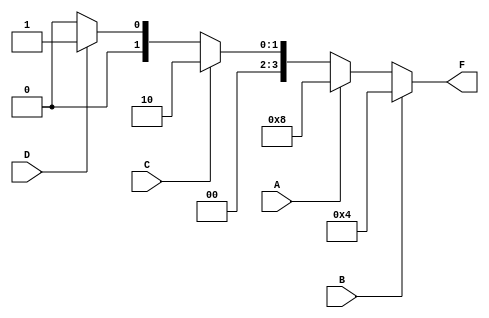
module Arbiter (
    input wire A,
    input wire B,
    input wire C,
    input wire D,
    output reg [3:0] F
);

always @* begin
    if (B) F = 4'b0100;
    else if (A) F = 4'b1000;
    else if (C) F = 4'b0010;
    else if (D) F = 4'b0001;
    else F = 4'b0000;
end

endmodule